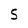
Character: 5